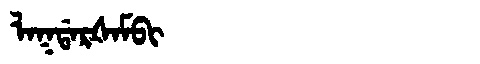
Manchu: ᠯᠠᡴᡩᠠᡵᡧᠠᠮᠪᡳ
Romanization: LAKDARŠAMBI